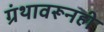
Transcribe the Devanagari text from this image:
ग्रंथावरूनही